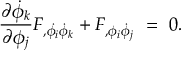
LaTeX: { \frac { \partial \dot { \phi } _ { k } } { \partial \phi _ { j } } } F _ { , \dot { \phi _ { i } } \dot { \phi } _ { k } } + F _ { , \phi _ { i } \dot { \phi } _ { j } } ~ = ~ 0 .